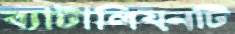
ব্যাটালিয়নটি